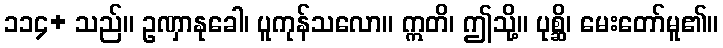
၁၁၄+ သည်။ ဥဏှာနုခေါ၊ ပူကုန်သလော။ ဣတိ၊ ဤသို့။ ပုစ္ဆိ၊ မေးတော်မူ၏။